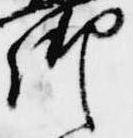
御